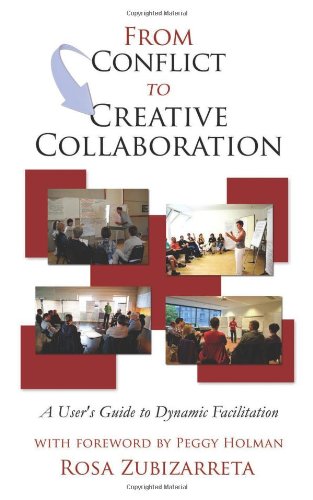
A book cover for From Conflict to Creative Collaboration: A User's Guide to Dynamic Facilitation; Rosa Zubizarreta; Business & Money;